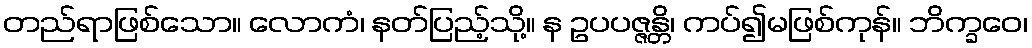
တည်ရာဖြစ်သော။ လောကံ၊ နတ်ပြည့်သို့။ န ဥပပဇ္ဇန္တိ၊ ကပ်၍မဖြစ်ကုန်။ ဘိက္ခဝေ၊